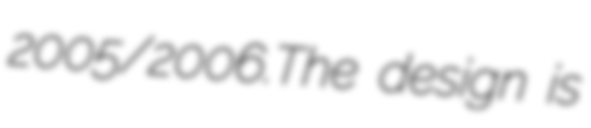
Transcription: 2005/2006.The design is